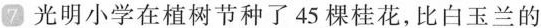
光明小学在植树节种了45棵桂花，比白玉兰的